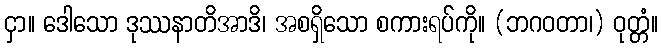
ငှာ။ ဒေါသော ဒုဿနာတိအာဒိ၊ အစရှိသော စကားရပ်ကို။ (ဘဂဝတာ၊) ဝုတ္တံ။